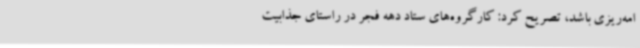
امه‌ریزی باشد، تصریح کرد: کارگروه‌های ستاد دهه فجر در راستای جذابیت